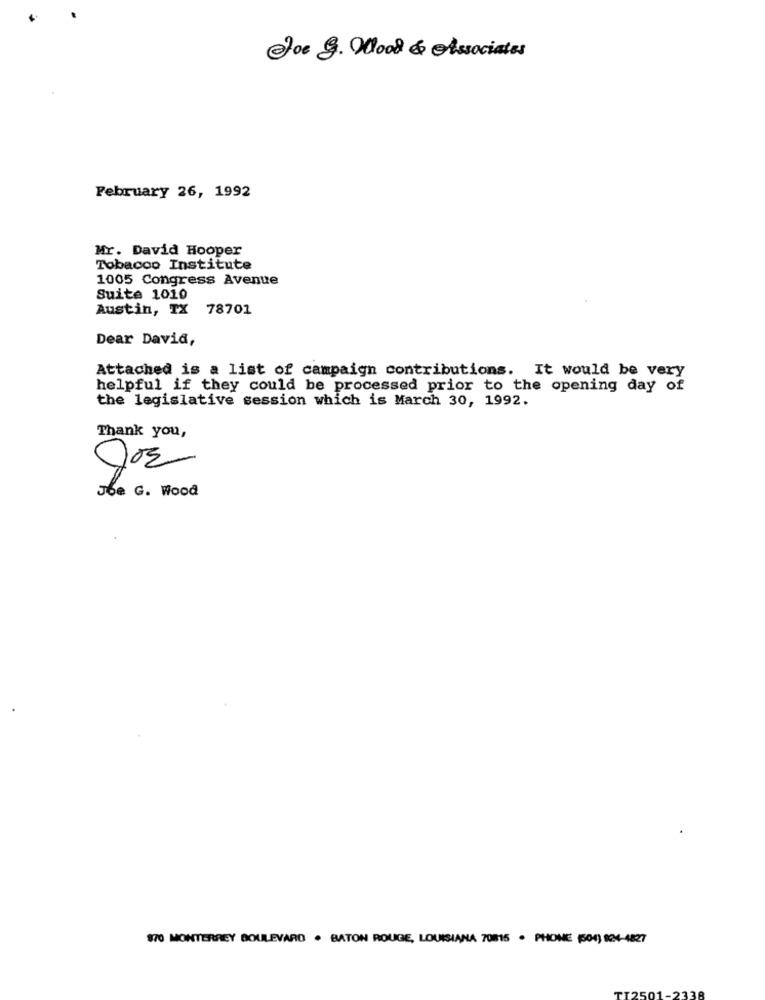
Joe g. Wood & Associates
February 26, 1992
Mr. David Hooper
Tobacco Institute
1005 Congress Avenue
Suite 1010
Austin, TX 78701
Dear David,
Attached is a list of campaign contributions. It would be very
helpful if they could be processed prior to the opening day of
the legislative session which is March 30, 1992.
Thank you,
Joe G. Wood
870 MONTERREY BOULEVARD . BATON ROUGE, LOUISIANA 70815 · PHONE (504) 824-4827